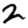
Digit: 2